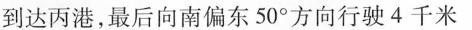
到达丙港，最后向南偏东50°方向行驶4千米